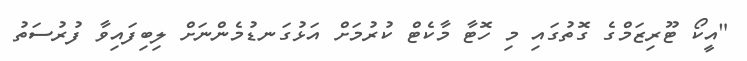
"އީކޯ ޓޫރިޒަމްގެ ގޮތުގައި މި ހޮޓާ މާކެޓް ކުރުމަށް އަޅުގަނޑުމެންނަށް ލިބިފައިވާ ފުރުސަތު